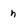
Character: n